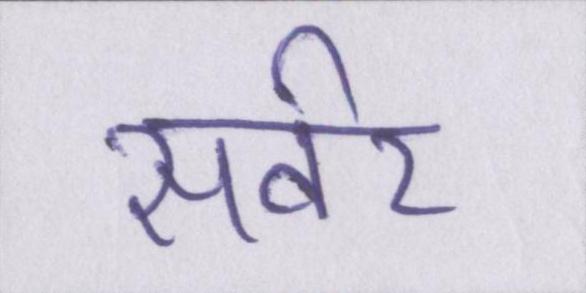
सर्वर